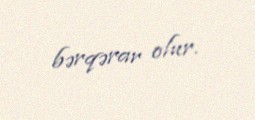
bərqərar olur.